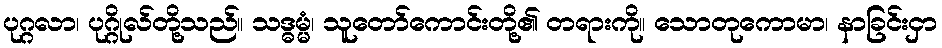
ပုဂ္ဂလာ၊ ပုဂ္ဂိုလ်တို့သည်။ သဒ္ဓမ္မံ၊ သူတော်ကောင်းတို့၏ တရားကို။ သောတုကောမာ၊ နာခြင်းငှာ